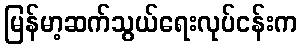
မြန်မာ့ဆက်သွယ်ရေးလုပ်ငန်းက